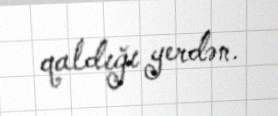
qaldığı yerdən.